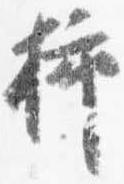
挿